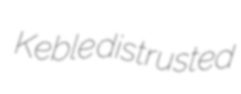
Keble distrusted